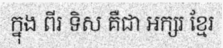
ក្នុង ពីរ ទិស គឺជា អក្សរ ខ្មែរ